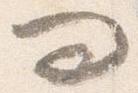
問